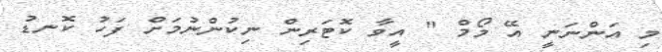
މި އަންނަނީ އޭ މޯމް " އީވާ ކޮޓަރިން ނިކުންނުމަށް ފަހު ކޮނޑު